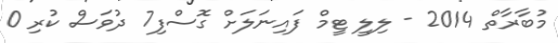
މުބާރާތް 2014 - ލިލީ ޓީމް ފަައިނަލަށް ގޮސްފި7 ދުވަސް ކުރި 0